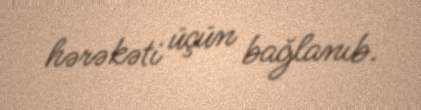
hərəkəti üçün bağlanıb.